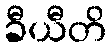
ခီယီတိ